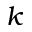
k